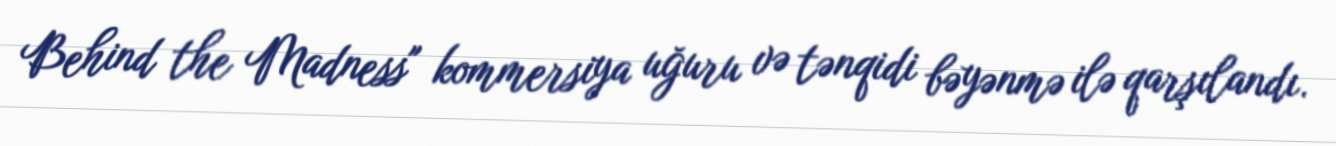
Behind the Madness" kommersiya uğuru və tənqidi bəyənmə ilə qarşılandı.